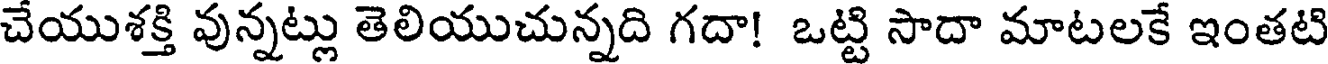
చేయుశక్తి వున్నట్లు తెలియుచున్నది గదా! ఒట్టి సాదా మాటలకే ఇంతటి